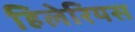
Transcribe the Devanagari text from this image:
हिलेरियस